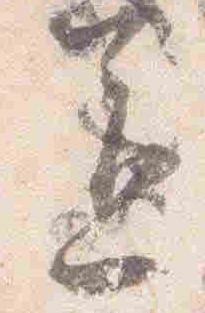
送